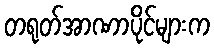
တရုတ်အာဏာပိုင်များက